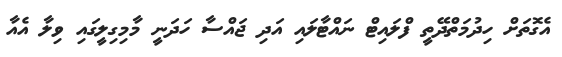
އެގޮތަށް ހިދުމަތްދޭތީ ފްލައިޓް ނައްޓާލައި އަދި ޖައްސާ ހަދަނީ މާމިގިލީގައި ވިލާ އެއާ